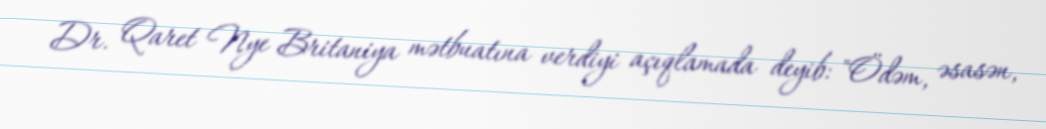
Dr. Qaret Nye Britaniya mətbuatına verdiyi açıqlamada deyib: "Ödəm, əsasən,